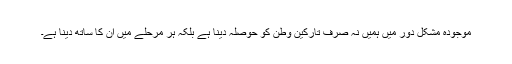
موجودہ مشکل دور میں ہمیں نہ صرف تارکین وطن کو حوصلہ دینا ہے بلکہ ہر مرحلے میں ان کا ساتھ دینا ہے۔